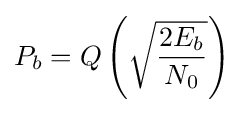
P_{b}=Q\left({\sqrt {\frac {2E_{b}}{N_{0}}}}\right)